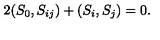
2 ( S _ { 0 } , S _ { i j } ) + ( S _ { i } , S _ { j } ) = 0 .